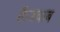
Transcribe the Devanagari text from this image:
है।जवाब